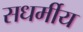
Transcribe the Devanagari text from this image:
सधर्मीय